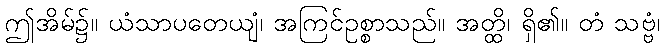
ဤအိမ်၌။ ယံသာပတေယျံ၊ အကြင်ဥစ္စာသည်။ အတ္ထိ၊ ရှိ၏။ တံ သဗ္ဗံ၊